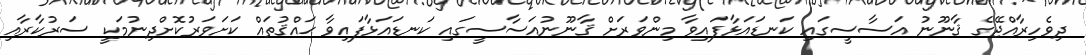
ދިވެހިރާއްޖޭގެ ޤާނޫނު އަސާސީގައި ކަނޑައަޅާފައިވާ މިންވަރަށް ޤާނޫނުއަސާސީގައި ކަނޑައަޅާފައިވާ ޙައްޤުތައް ކަށަވަރުކޮށްދިނުމަކީ ސަރުކާރާއި